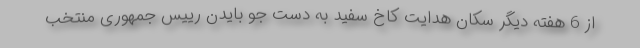
از 6 هفته دیگر سکان هدایت کاخ سفید به دست جو بایدن رییس جمهوری منتخب